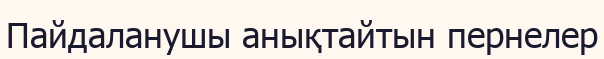
Пайдаланушы анықтайтын пернелер